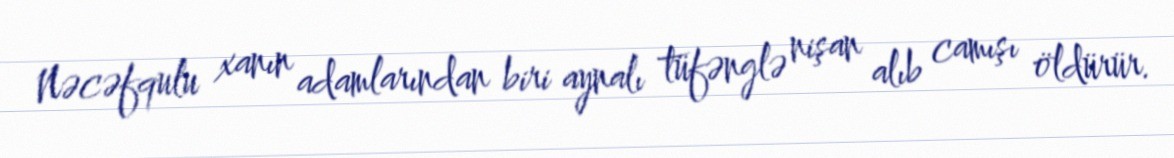
Nəcəfqulu xanın adamlarından biri aynalı tüfənglə nişan alıb camışı öldürür.